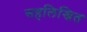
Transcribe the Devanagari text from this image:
सहलिखित